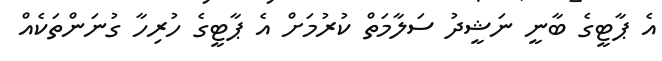
އެ ޕާޓީގެ ބާނީ ނަޝީދު ސަލާމަތް ކުރުމަށް އެ ޕާޓީގެ ހުރިހާ ގުނަންތަކެއް